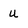
Character: u